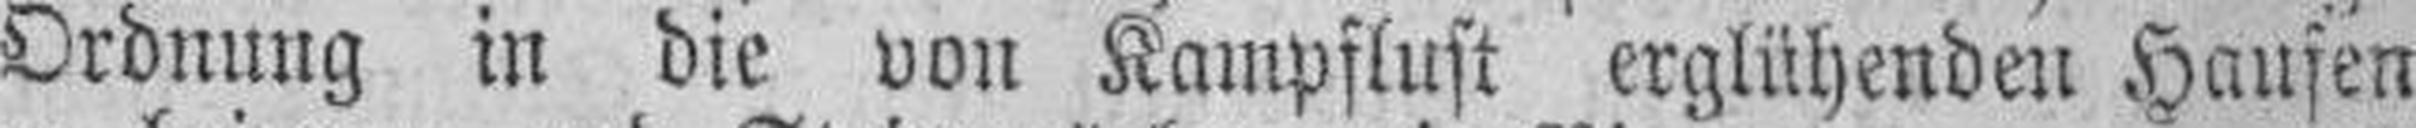
Ordnung in die von Kampflust erglühenden Haufen